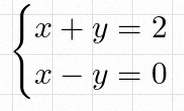
\begin{cases}x+y=2\\x-y=0\end{cases}